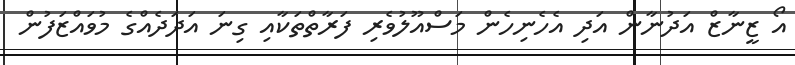
އޯ ޒީނާޒް އަދުނާން އަދި އެހެނިހެން މަސްއޫލުވެރި ފަރާތްތަކާއި ގިނަ އަދަދެއްގެ މުވައްޒަފުން